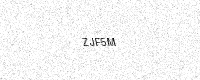
Text: ZJF5M